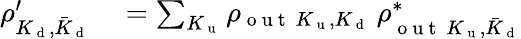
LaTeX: \begin{array}{rl}{\rho_{K_{\mathrm{~d~}},\bar{K}_{\mathrm{~d~}}}^{\prime}}&{{}=\sum_{K_{\mathrm{~u~}}}\rho_{\mathrm{~o~u~t~}~K_{\mathrm{~u~}},K_{\mathrm{~d~}}}~\rho_{\mathrm{~o~u~t~}~K_{\mathrm{~u~}},\bar{K}_{\mathrm{~d~}}}^{*}}\end{array}